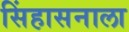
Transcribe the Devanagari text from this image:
सिंहासनाला